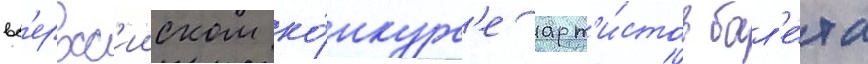
вс'еросс'ииском ко́нкурс'е арт'и́стов бал'е́та